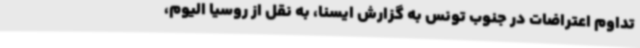
تداوم اعتراضات در جنوب تونس به گزارش ایسنا، به نقل از روسیا الیوم،